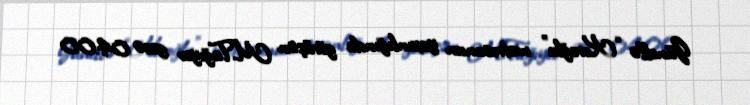
Günellə “Koroğlu” metrosunun yaxınlığında görüşən M.Tağıyev gecə 04:00